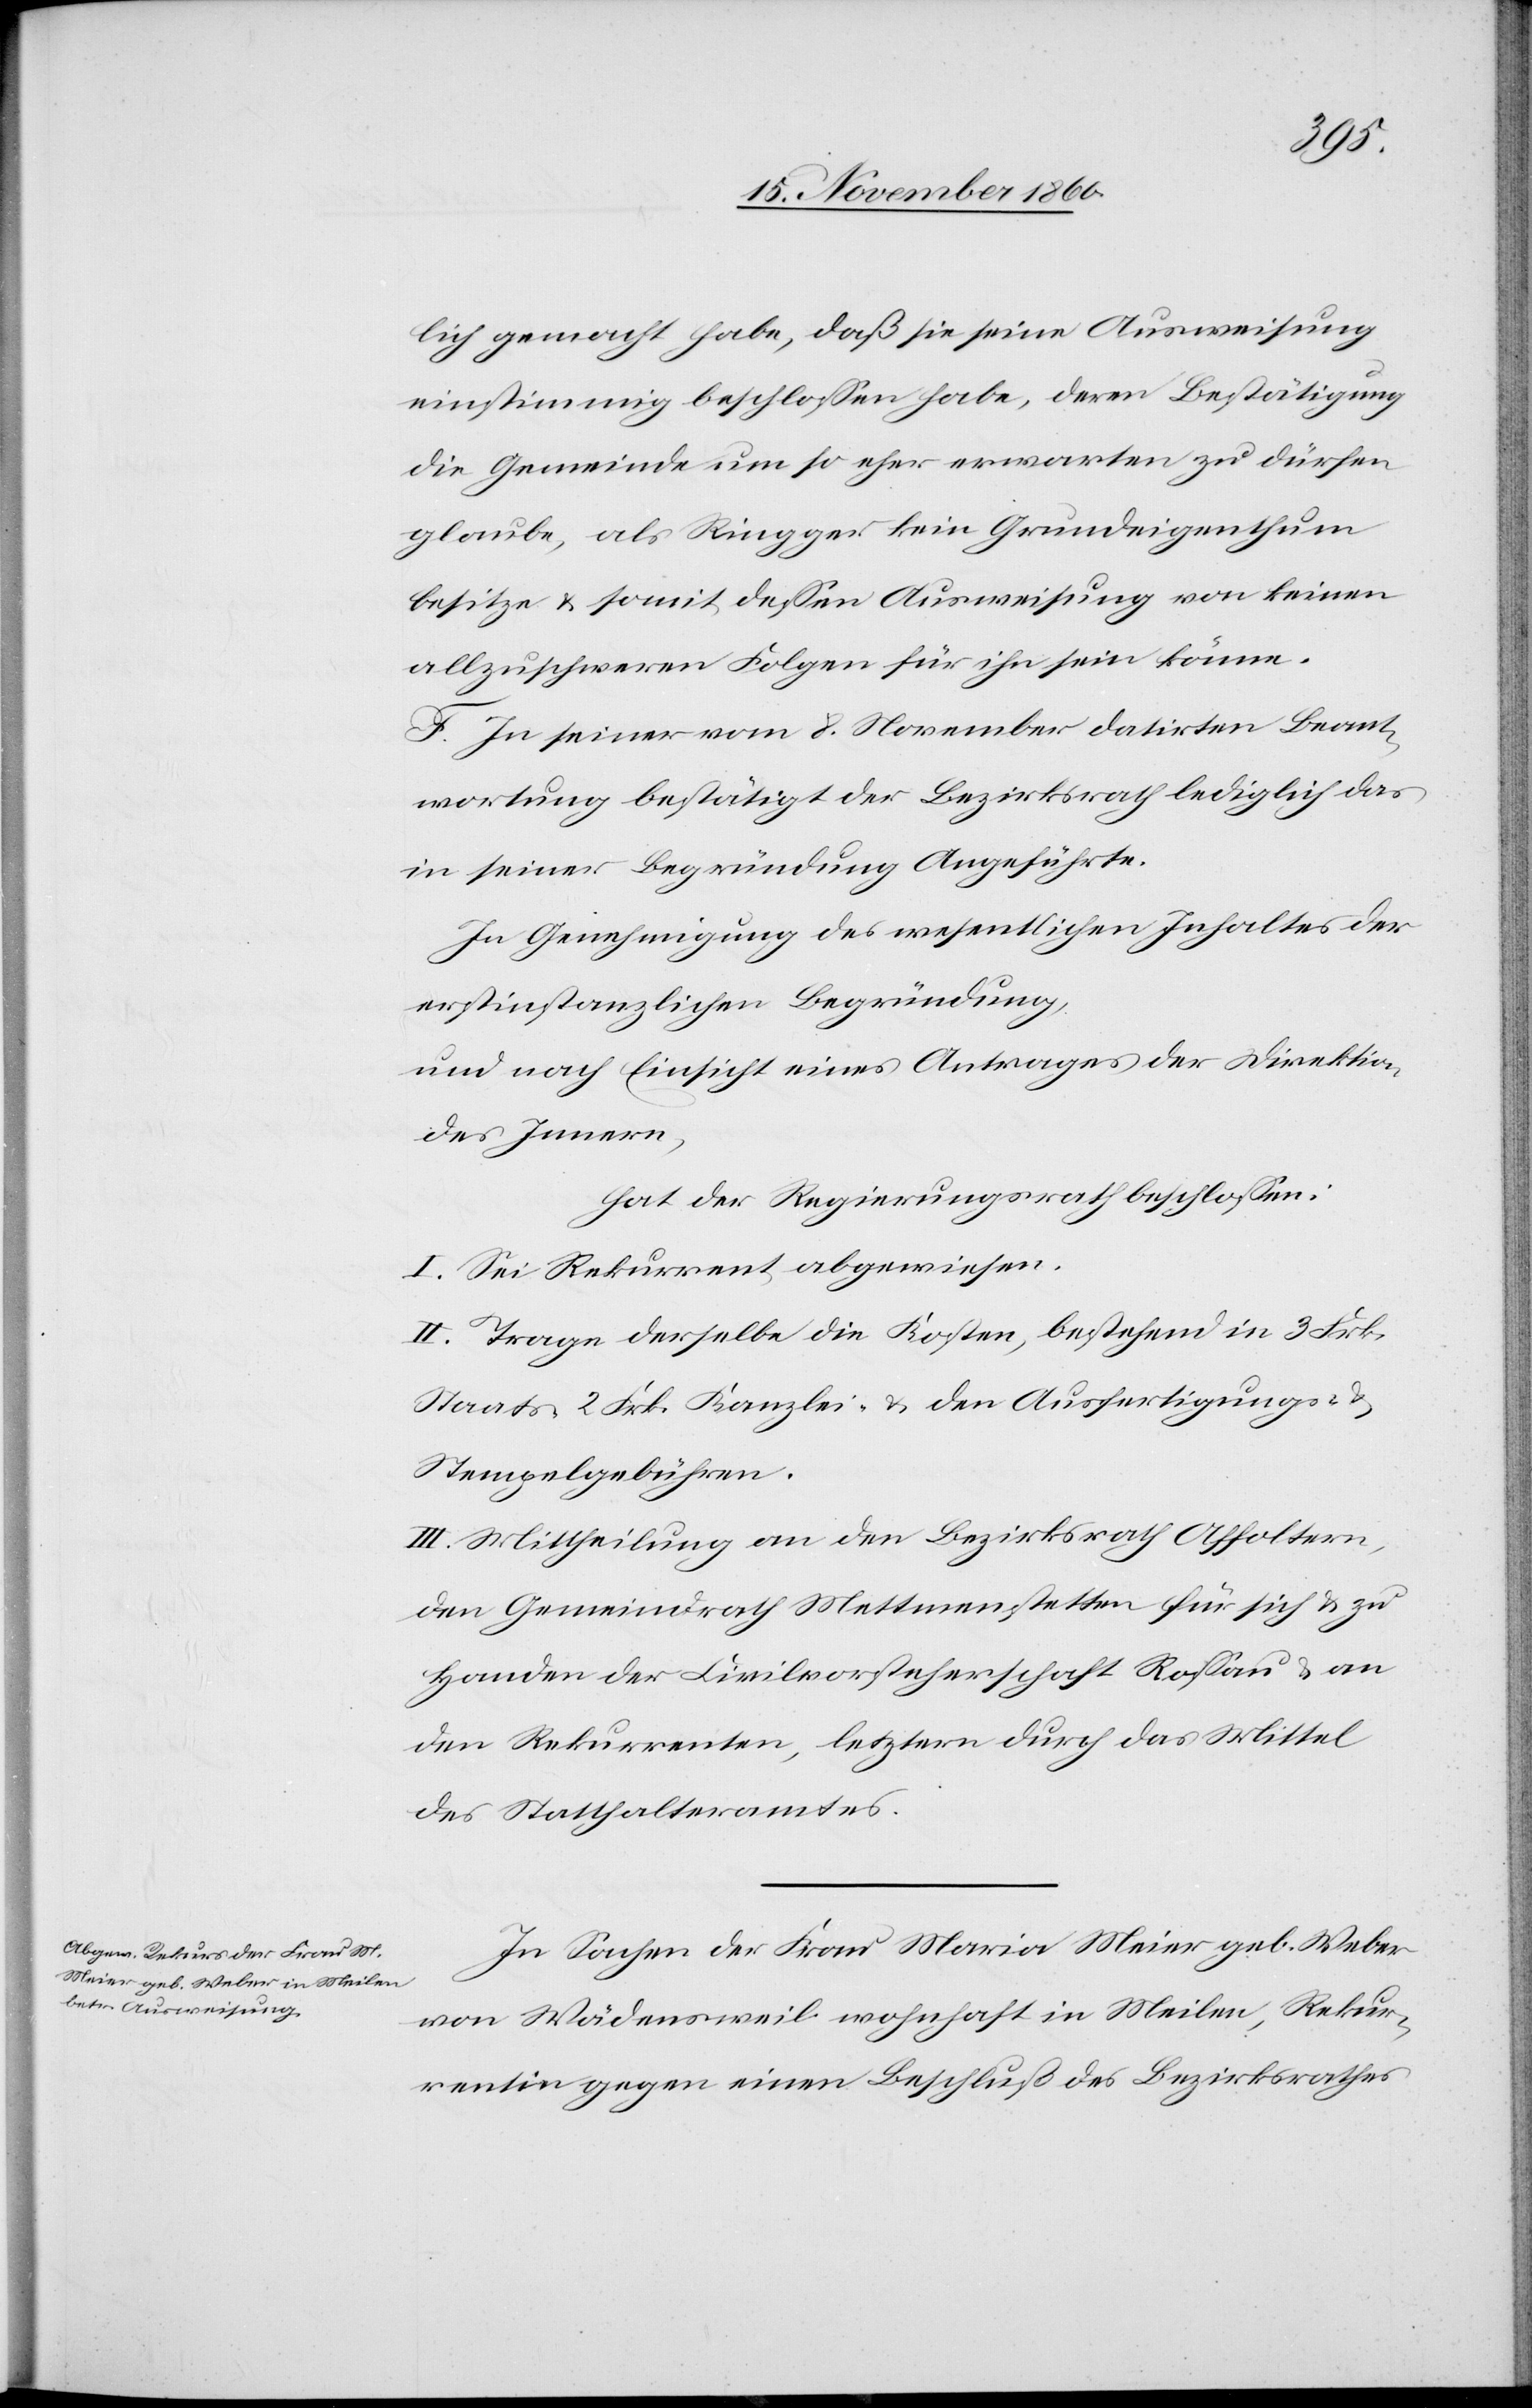
lich gemacht habe, daß sie seine Ausweisung
einstimmig beschlossen habe, deren Bestätigung
die Gemeinde nunmehr so eher erwarten zu dürfen
glaube, als Ringger kein Grundeigenthum
besitze u. somit dessen Ausweisung von keinen
allzuschweren Folgen für ihn sein könne.
F. In seiner vom 8. November datirten Beant¬
wortung bestätigt der Bezirksrath lediglich das
in seiner Begründung Angeführte.
In Genehmigung des wesentlichen Inhaltes der
erstinstanzlichen Begründung,
und nach Einsicht eines Antrages der Direktion
des Innern,
hat der Regierungsrath beschlossen:
I. Sei Rekurrent abgewiesen.
II. Trage derselbe die Kosten, bestehend in 3 Frk.
Staats-[,] 2 Frk. Kanzlei- u. den Ausfertigungs- u.
Stempelgebühren.
III. Mittheilung an den Bezirksrath Affoltern,
dem Gemeindrath Mettmenstetten für sich u. zu
Handen der Civilvorsteherschaft Rossau u. an
den Rekurrenten, letztere durch das Mittel
des Statthalteramtes.
In Sachen der Frau Maria Meier geb. Weber
von Wädensweil wohnhaft in Meilen, Rekur¬
rentin gegen einen Beschluß des Bezirksrathes